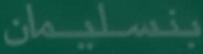
بنسليمان